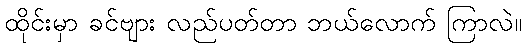
ထိုင်းမှာ ခင်ဗျား လည်ပတ်တာ ဘယ်လောက် ကြာလဲ။